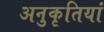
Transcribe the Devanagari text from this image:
अनुकृतियां